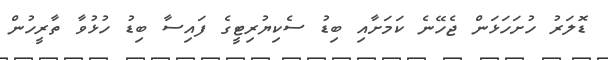
ޑޮލަރު ހުށަހަޅަން ޖެހޭނެ ކަމަށާއި ބިޑު ސެކިޔުރިޓީގެ ފައިސާ ބިޑު ހުޅުވާ ތާރީހުން